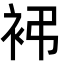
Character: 䘟